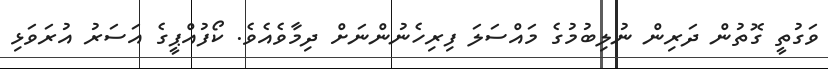
ވަގުތީ ގޮތުން ދަރިން ނުލިބުމުގެ މައްސަލަ ފިރިހެނުންނަށް ދިމާވެއެވެ. ކޯފުއްޕީގެ އަސަރު އުރަވަޅި